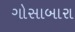
ગોસાબારા